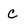
Character: c